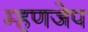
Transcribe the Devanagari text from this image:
म्हणजेप